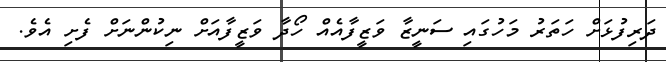
ދަރިފުޅަށް ހަތަރު މަހުގައި ސަނީޒާ ވަޒީފާއެއް ހޯދާ ވަޒީފާއަށް ނިކުންނަށް ފެށި އެވެ.